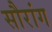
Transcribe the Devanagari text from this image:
सौरांग